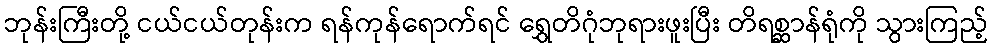
ဘုန်းကြီးတို့ ငယ်ငယ်တုန်းက ရန်ကုန်ရောက်ရင် ရွှေတိဂုံဘုရားဖူးပြီး တိရစ္ဆာန်ရုံကို သွားကြည့်